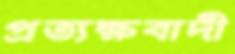
প্রত্যক্ষবাদী